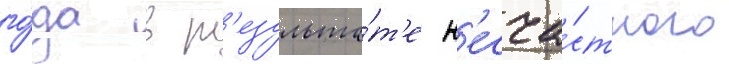
го́да в р'езульта́т'е н'есча́стного